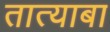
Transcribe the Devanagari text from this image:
तात्याबा